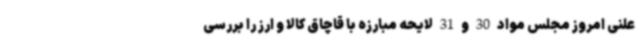
علنی امروز مجلس مواد 30 و 31 لایحه مبارزه با قاچاق کالا و ارز را بررسی